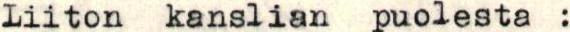
Liiton kanslian puolesta :